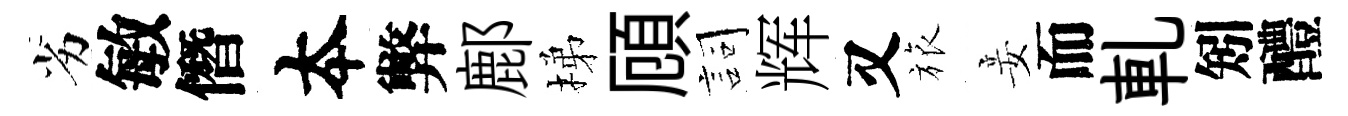
劣敏僭夲弊鄜梯頋詞辉又旅妾而軋矧醴